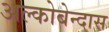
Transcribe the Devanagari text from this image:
अल्कोबेन्दास